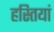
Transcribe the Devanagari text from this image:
हस्‍तियां